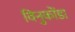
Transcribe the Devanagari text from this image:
विनुकोंडा